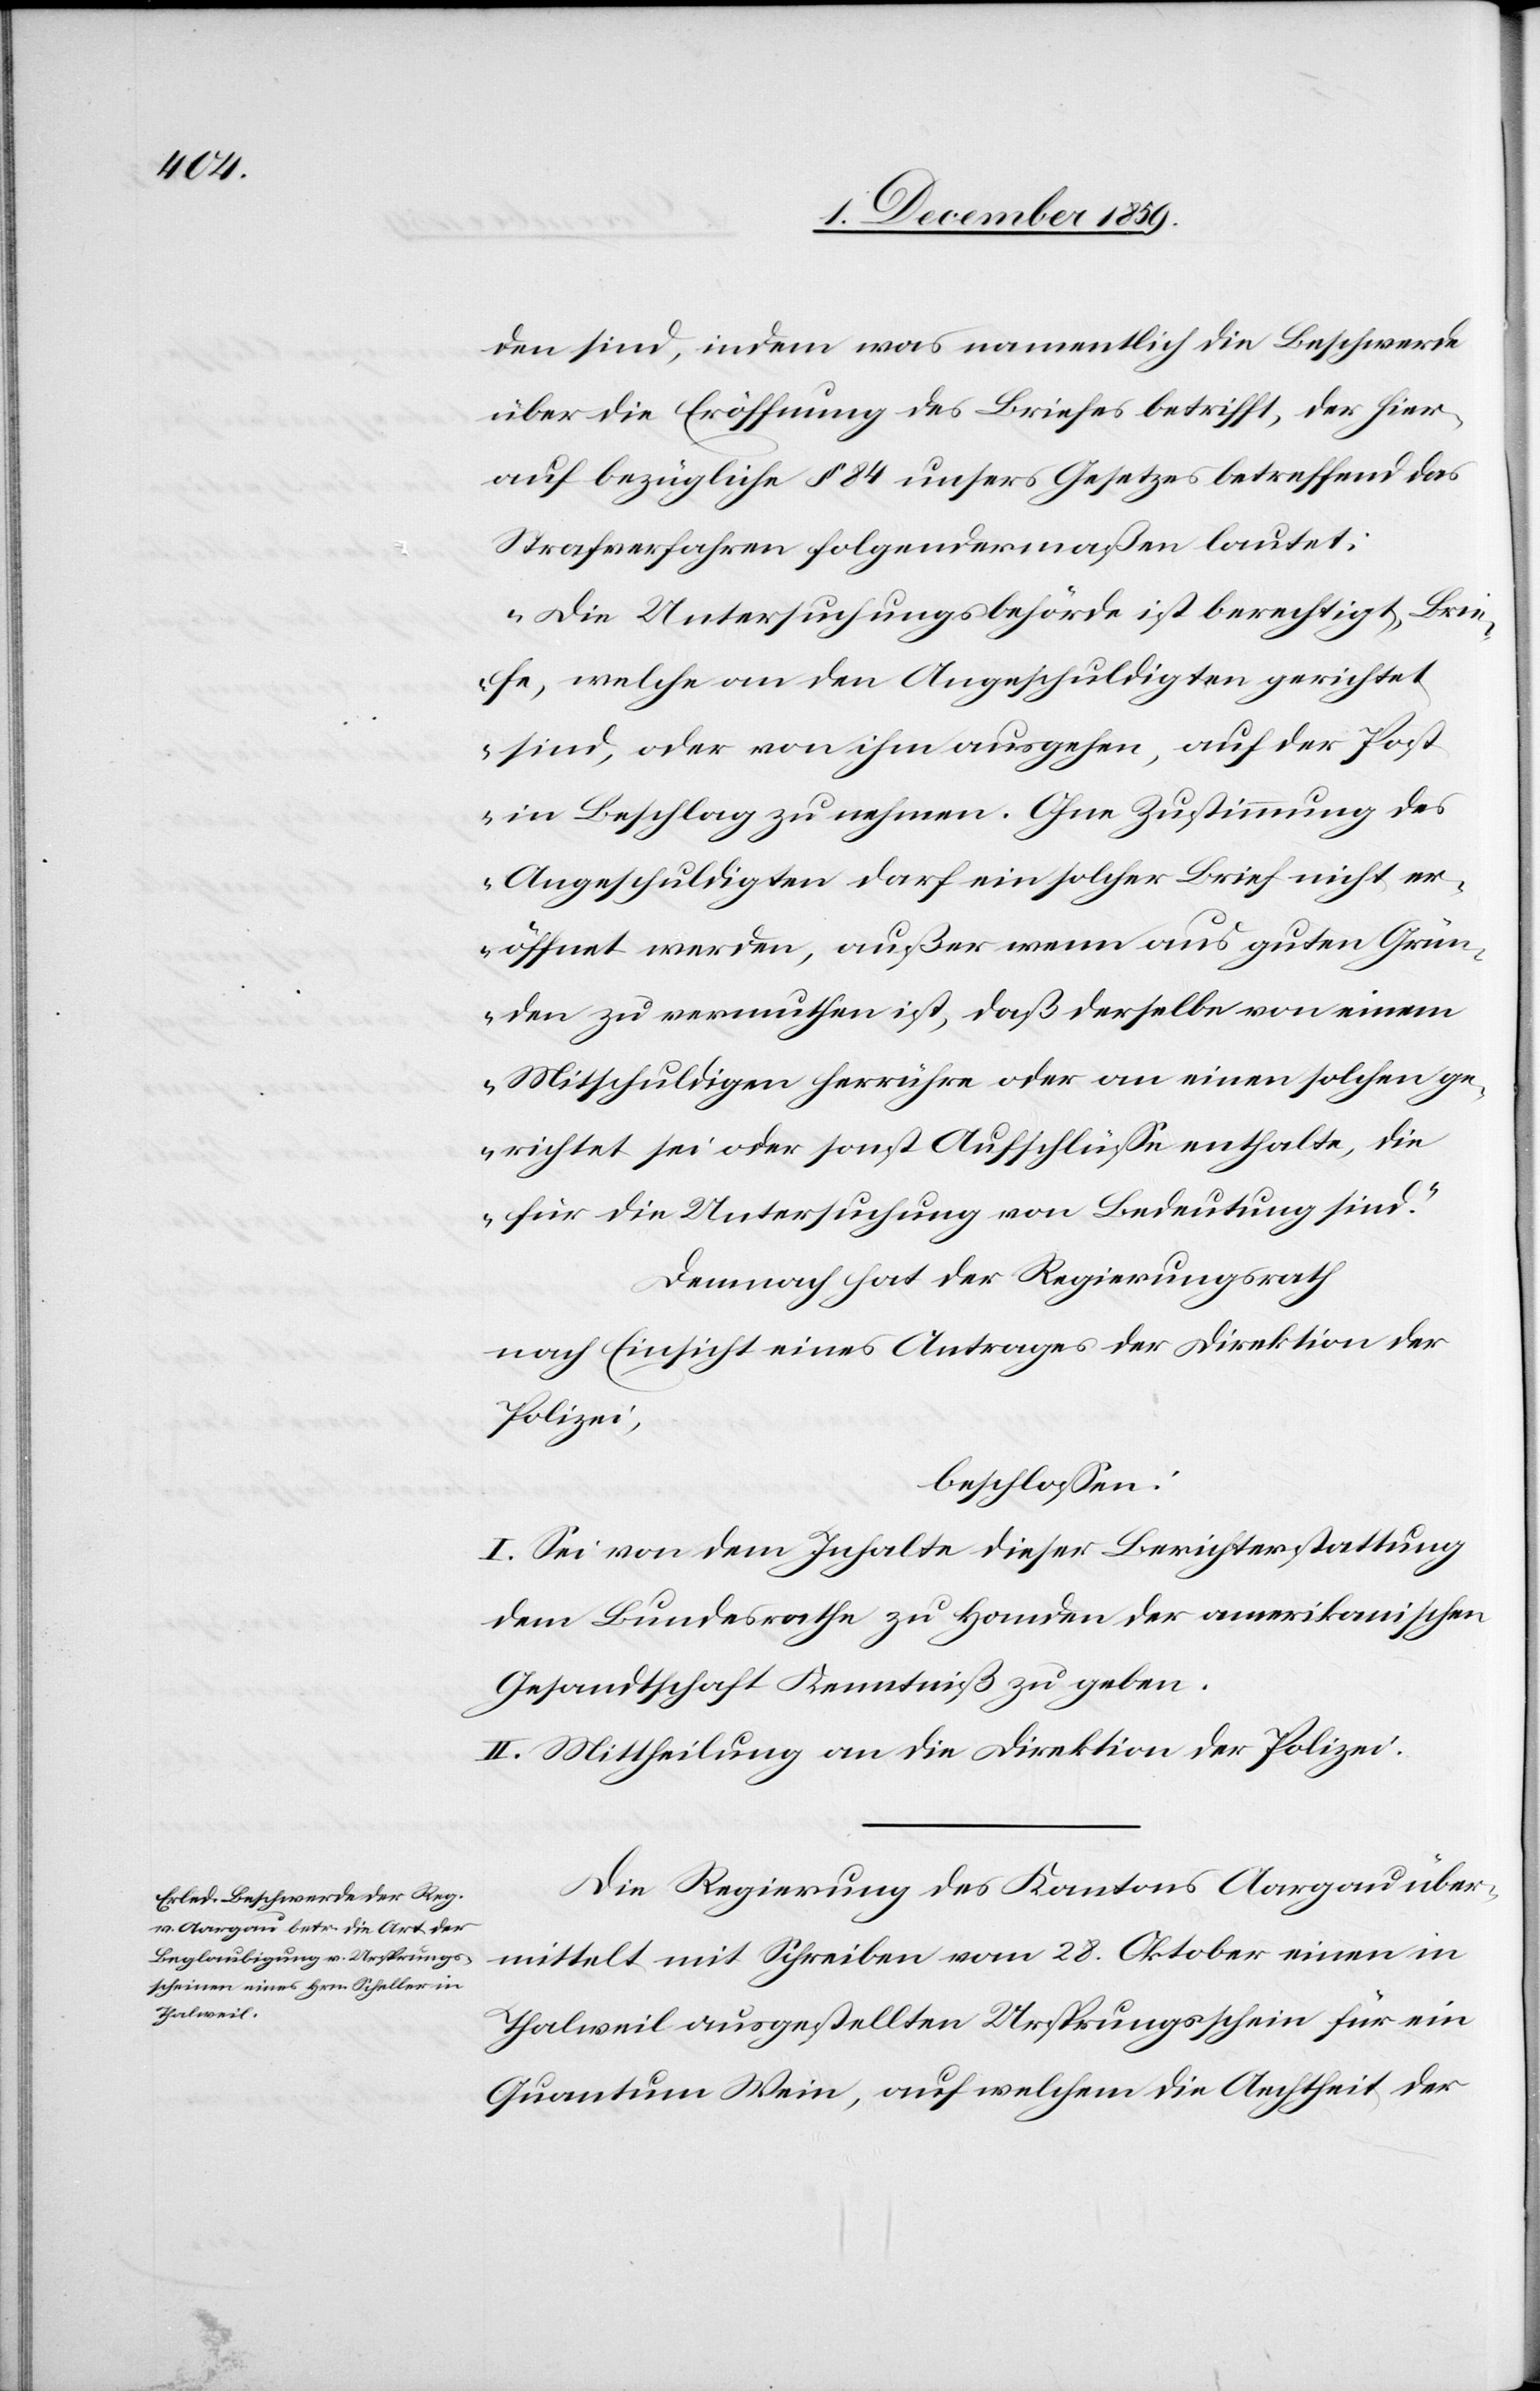
den sind, indem was namentlich die Beschwerde
über die Eröffnung des Briefes betrifft, der hier¬
auf bezügliche § 84 unsers Gesetzes betreffend das
Strafverfahren folgendermaßen lautet:
„Die Untersuchungsbehörde ist berechtigt, Brie¬
fe, welche an den Angeschuldigten gerichtet
sind, oder von ihm ausgehen, auf der Post
in Beschlag zu nehmen. Ohne Zustimmung des
Angeschuldigten darf ein solcher Brief nicht er¬
öffnet werden, außer wenn auf guten Grün¬
den zu vermuthen ist, daß derselbe von einem
Mitschuldigen herrühren oder an einen solchen ge¬
richtet sei oder sonst Aufschlüsse enthalte, die
für die Untersuchung von Bedeutung sind.“
Demnach hat der Regierungsrath
nach Einsicht eines Antrages der Direktion der
Polizei,
beschlossen:
I. Sei von dem Inhalte dieser Berichterstattung
dem Bundesrathe zu Handen der amerikanischen
Gesandtschaft Kenntniß zu geben.
II. Mittheilung an die Direktion der Polzei.
Die Regierung des Kantons Aargau über¬
mittelt mit Schreiben vom 28. Oktober einen in
Thalweil ausgestellten Ursprungsschein für ein
Quantum Wein, auf welchem die Aechtheit der